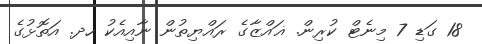
18 ގަޑި 7 މިނެޓް ކުރިން. ޣައްޒާގެ ރައްޔިތުން ނާއިއެކު ހދ. އަތޮޅުގެ